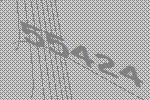
55424